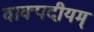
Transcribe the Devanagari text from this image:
वाक्पदीयम्‌